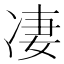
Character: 凄